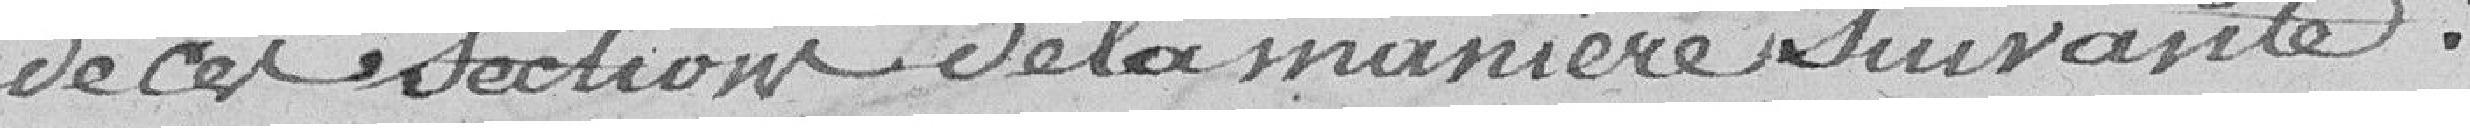
de ces sections de la manière suivante :